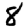
Digit: 8